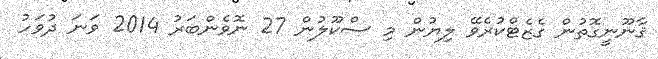
ޤާނޫނީގޮތުން ގެޒެޓްކުރެވޭ ލިޔުން މި ސްކޫލުން 27 ނޮވެންބަރު 2014 ވަނަ ދުވަހު